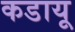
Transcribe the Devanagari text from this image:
कडायू